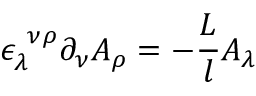
\epsilon _ { \lambda } ^ { ~ \nu \rho } \partial _ { \nu } A _ { \rho } = - \frac { L } l A _ { \lambda }